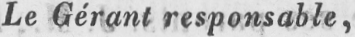
Le Gérant responsable,